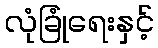
လုံခြုံရေးနှင့်